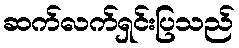
ဆက်လက်ရှင်းပြသည်